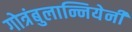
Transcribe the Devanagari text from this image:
गोत्रंबुलान्नियेनी